Annual report on the Civil Veterinary Department, Burma (including the Insein Veterinary School) - 1923-1931
Year: 1923
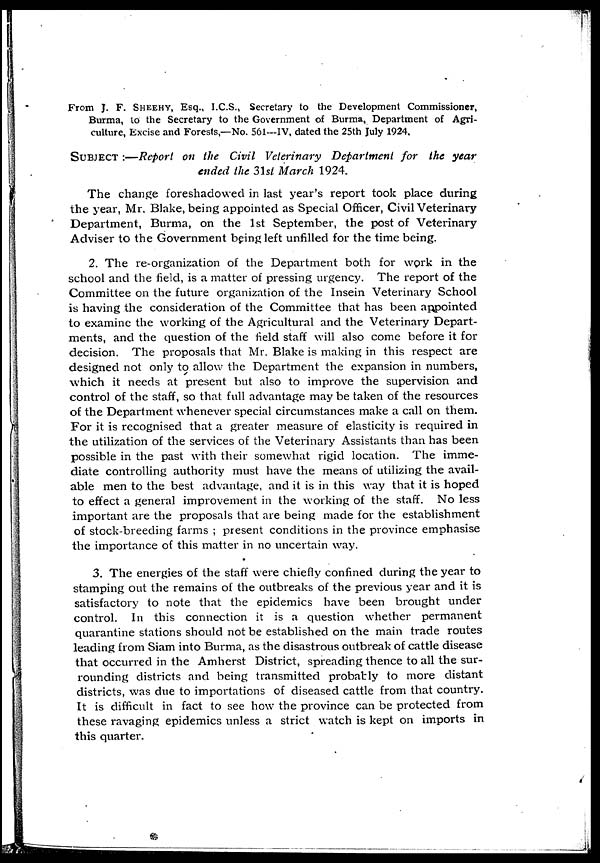
From J. F. SHEEHY, Esq., I.C.S., Secretary to the Development Commissioner,
Burma, to the Secretary to the Government of Burma, Department of Agri-
culture, Excise and Forests,—No. 561—IV, dated the 25th July 1924,
SUBJECT :—Report on the Civil Veterinary Department for the year
ended the 31st March 1924.
The change foreshadowed in last year's report took place during
the year, Mr. Blake, being appointed as Special Officer, Civil Veterinary
Department, Burma, on the 1st September, the post of Veterinary
Adviser to the Government being left unfilled for the time being.
2. The re-organization of the Department both for work in the
school and the field, is a matter of pressing urgency. The report of the
Committee on the future organization of the Insein Veterinary School
is having the consideration of the Committee that has been appointed
to examine the working of the Agricultural and the Veterinary Depart-
ments, and the question of the field staff will also come before it for
decision. The proposals that Mr. Blake is making in this respect are
designed not only to allow the Department the expansion in numbers,
which it needs at present but also to improve the supervision and
control of the staff, so that full advantage may be taken of the resources
of the Department whenever special circumstances make a call on them.
For it is recognised that a greater measure of elasticity is required in
the utilization of the services of the Veterinary Assistants than has been
possible in the past with their somewhat rigid location. The imme-
diate controlling authority must have the means of utilizing the avail-
able men to the best advantage, and it is in this way that it is hoped
to effect a general improvement in the working of the staff. No less
important are the proposals that are being made for the establishment
of stock-breeding farms ; present conditions in the province emphasise
the importance of this matter in no uncertain way.
3. The energies of the staff were chiefly confined during the year to
stamping out the remains of the outbreaks of the previous year and it is
satisfactory to note that the epidemics have been brought under
control. In this connection it is a question whether permanent
quarantine stations should not be established on the main trade routes
leading from Siam into Burma, as the disastrous outbreak of cattle disease
that occurred in the Amherst District, spreading thence to all the sur-
rounding districts and being transmitted probably to more distant
districts, was due to importations of diseased cattle from that country.
It is difficult in fact to see how the province can be protected from
these ravaging epidemics unless a strict watch is kept on imports in
this quarter.